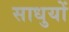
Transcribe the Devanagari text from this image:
साधुयों